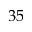
3 5